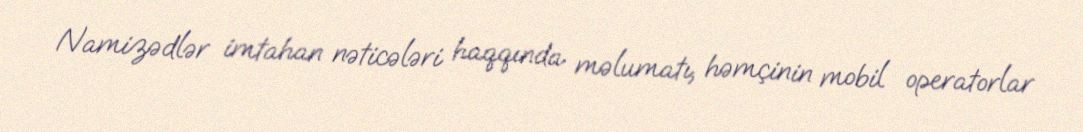
Namizədlər imtahan nəticələri haqqında məlumatı, həmçinin mobil operatorlar